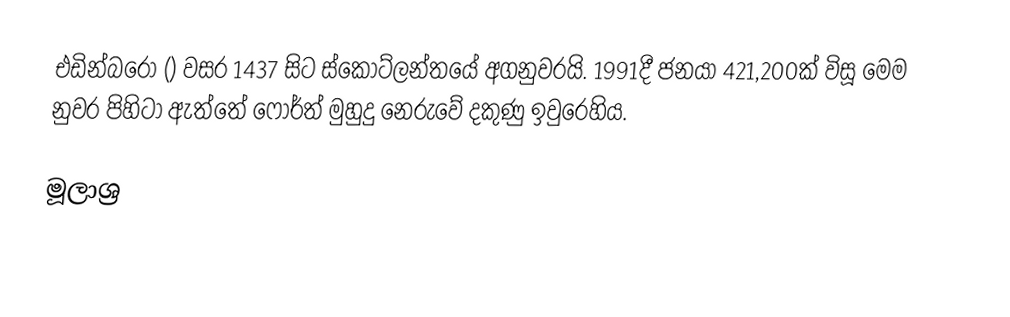
එඩින්බරෝ () වසර 1437 සිට ස්කොට්ලන්තයේ අගනුවරයි. 1991දී ජනයා 421,200ක් විසූ මෙම නුවර පිහිටා ඇත්තේ ෆෝර්ත් මුහුදු නෙරුවේ දකුණු ඉවුරෙහිය.

මූලාශ්‍ර